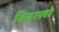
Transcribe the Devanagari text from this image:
विनस्‍लो